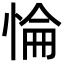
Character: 惀